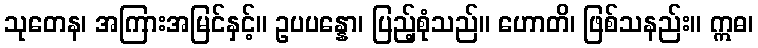
သုတေန၊ အကြားအမြင်နှင့်။ ဥပပန္နော၊ ပြည့်စုံသည်။ ဟောတိ၊ ဖြစ်သနည်း။ ဣဓ၊